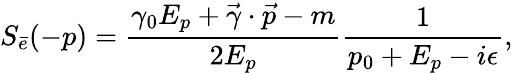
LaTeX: S_{\bar{e}}(-p)=\frac{\gamma_{0}E_{p}+\vec{\gamma}\cdot\vec{p}-m}{2E_{p}}\frac{1}{p_{0}+E_{p}-i\epsilon},